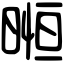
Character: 暅